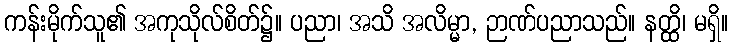
ကန်းမိုက်သူ၏ အကုသိုလ်စိတ်၌။ ပညာ၊ အသိ အလိမ္မာ, ဉာဏ်ပညာသည်။ နတ္ထိ၊ မရှိ။